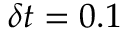
\delta t = 0 . 1